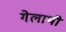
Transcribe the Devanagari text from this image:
गेलाथी